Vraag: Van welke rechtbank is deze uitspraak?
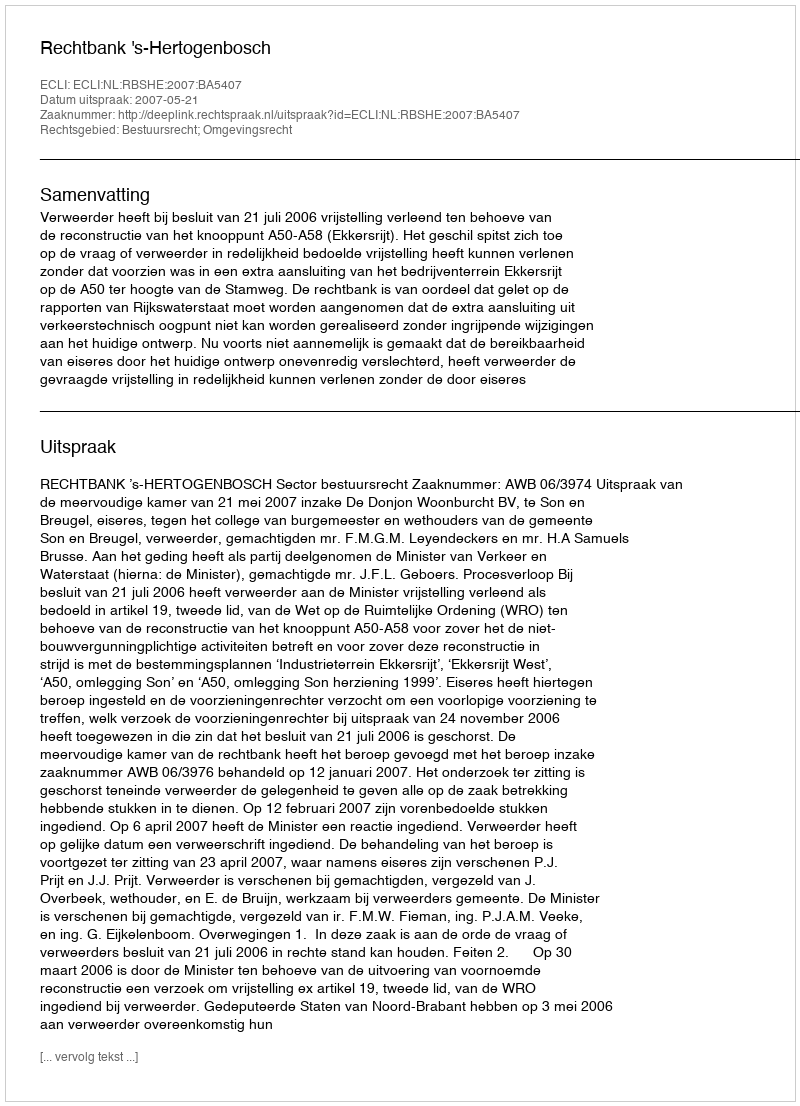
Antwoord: Rechtbank 's-Hertogenbosch